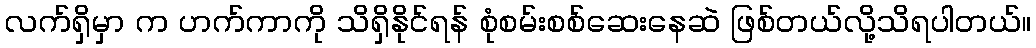
လက်ရှိမှာ က ဟက်ကာကို သိရှိနိုင်ရန် စုံစမ်းစစ်ဆေးနေဆဲ ဖြစ်တယ်လို့သိရပါတယ်။